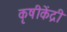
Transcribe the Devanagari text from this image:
कृषीकेंद्री